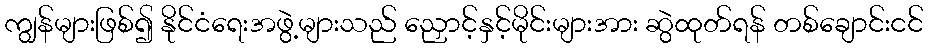
ကျွန်များဖြစ်၍ နိုင်ငံရေးအဖွဲ့များသည် ညှောင့်နှင့်မိုင်းများအား ဆွဲထုတ်ရန် တစ်ချောင်းငင်